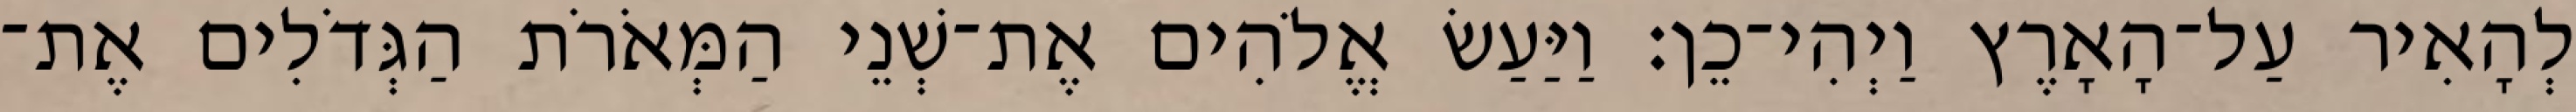
לְהָאִיר עַל־הָאָרֶץ וַיְהִי־כֵן׃ וַיַּעַשׂ אֱלֹהִים אֶת־שְׁנֵי הַמְּאֹרֹת הַגְּדֹלִים אֶת־